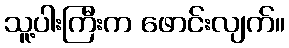
သူ့ပါးကြီးက ဖောင်းလျက်။